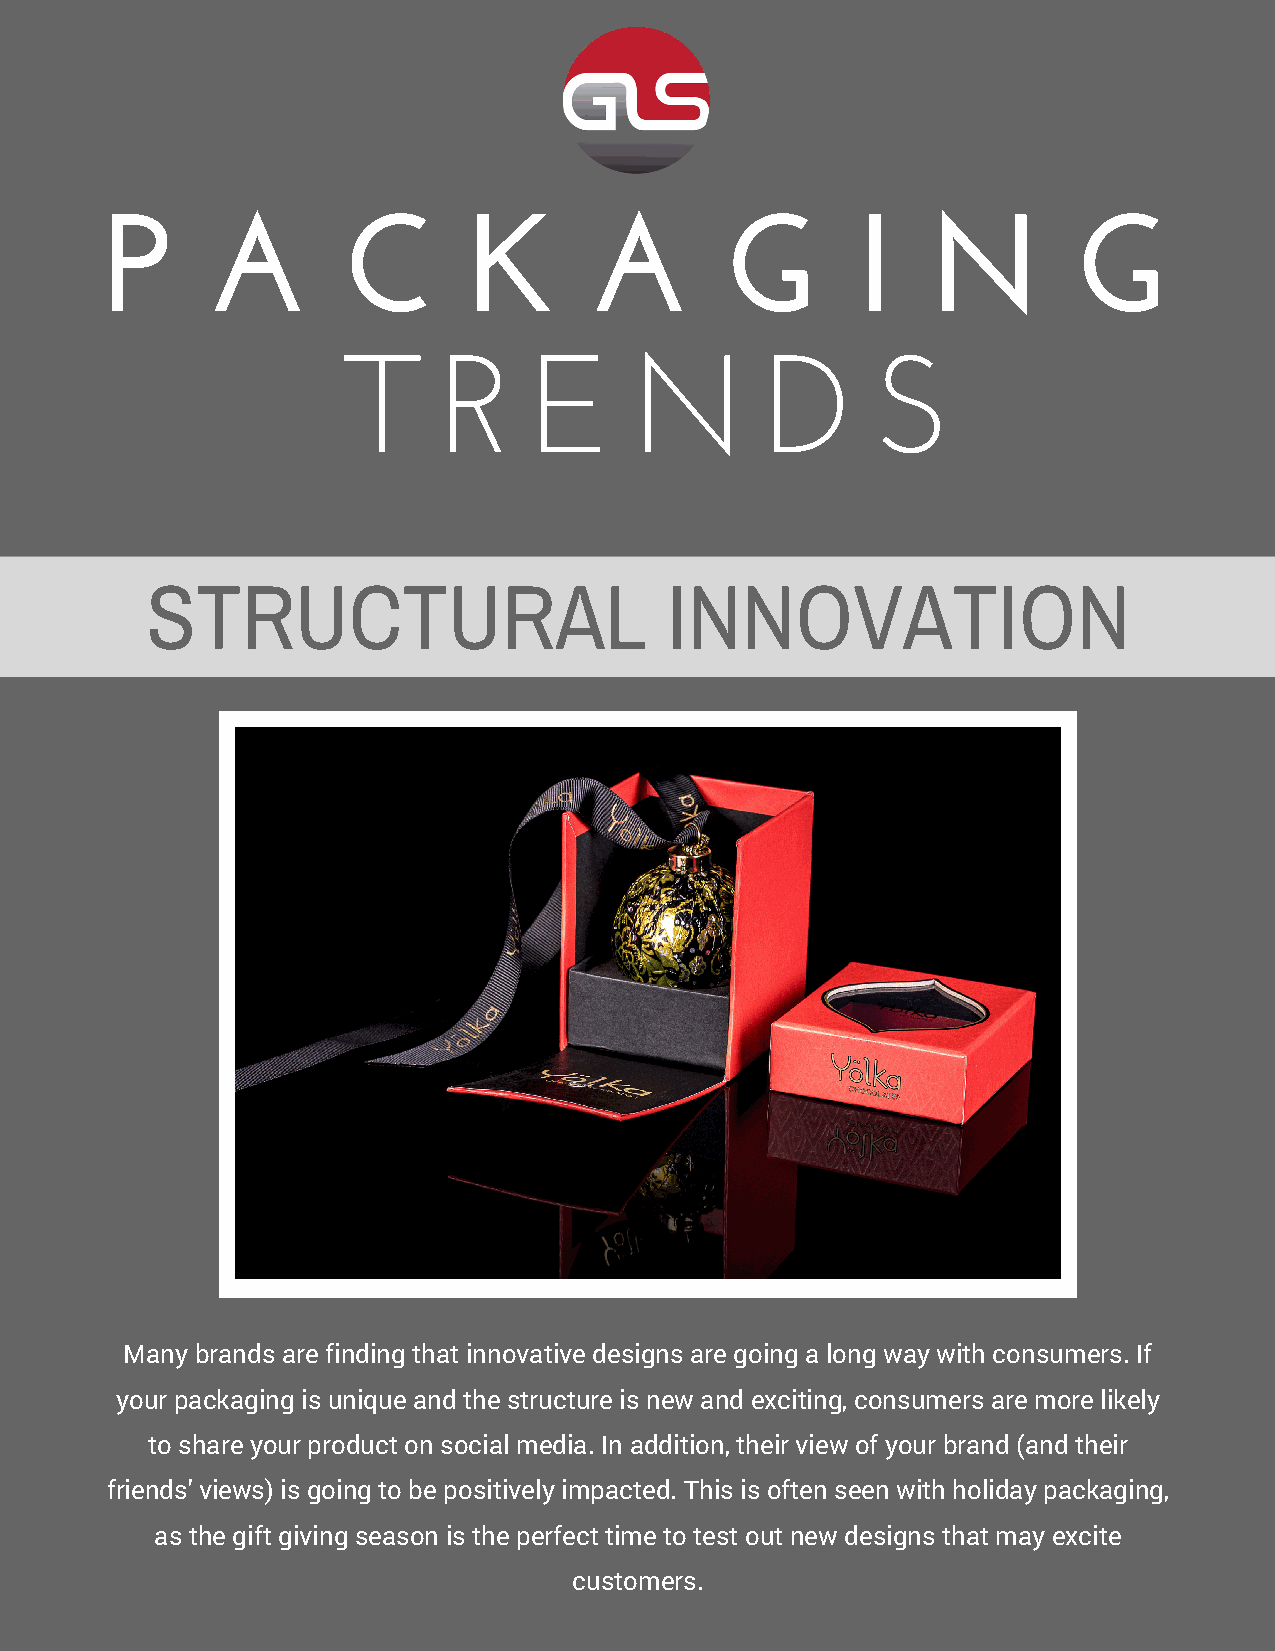
P      A        C       K       A        G        I   N         G
 T     R     E      N        D      S
 STRUCTURAL                        INNOVATION
 Many brands are finding that innovative designs are going a long way with consumers. If
 your packaging is unique and the structure is new and exciting, consumers are more likely
 to share your product on social media. In addition, their view of your brand (and their
 friends' views) is going to be positively impacted. This is often seen with holiday packaging,
 as the gift giving season is the perfect time to test out new designs that may excite
 customers.